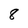
Character: 8